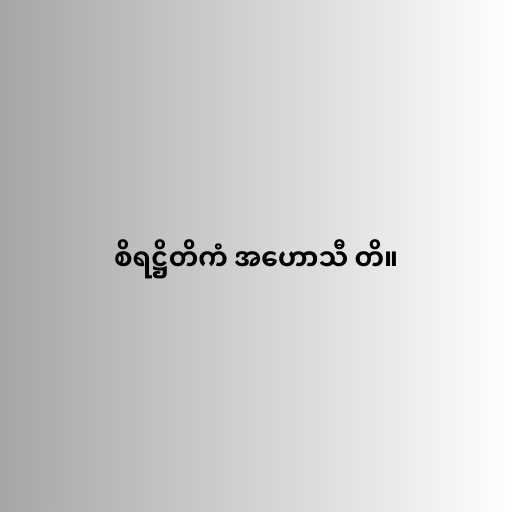
စိရဋ္ဌိတိကံ အဟောသီ တိ။